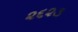
૨૬૨૩